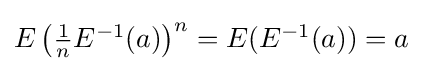
{\textstyle E\left({\frac {1}{n}}E^{-1}(a)\right)^{n}=E(E^{-1}(a))=a}